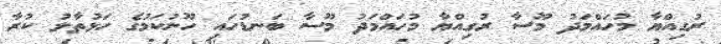
ރުގިއްޔާ މުހައްމަދު މޫސާ ރުގިއްޔާ މުހައްމަދު މޫސާ ބަނޑުހައި ހޫނުކަމުގެ ހަޅުތާލު ކުރާ